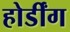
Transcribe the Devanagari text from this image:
होर्डींग